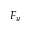
F _ { y }